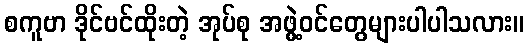
စကူဗာ ဒိုင်ဗင်ထိုးတဲ့ အုပ်စု အဖွဲ့ဝင်တွေများပါပါသလား။